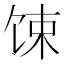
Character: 𫗧